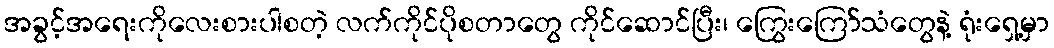
အခွင့်အရေးကိုလေးစားပါစတဲ့ လက်ကိုင်ပိုစတာတွေ ကိုင်ဆောင်ပြီး၊ ကြွေးကြော်သံတွေနဲ့ ရုံးရှေ့မှာ